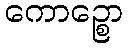
ကောဉ္စော